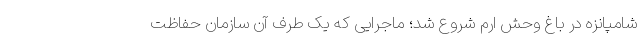
شامپانزه در باغ وحش ارم شروع شد؛ ماجرایی که یک طرف آن سازمان حفاظت